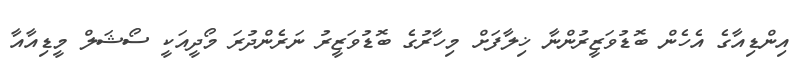
އިންޑިއާގެ އެހެން ބޮޑުވަޒީރުންނާ ޚިލާފަށް މިހާރުގެ ބޮޑުވަޒީރު ނަރެންދުރަ މޯދީއަކީ ސޯޝަލް މީޑިއާއާ